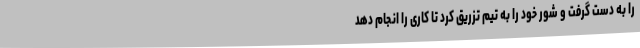
را به دست گرفت و شور خود را به تیم تزریق کرد تا کاری را انجام دهد